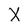
Character: X